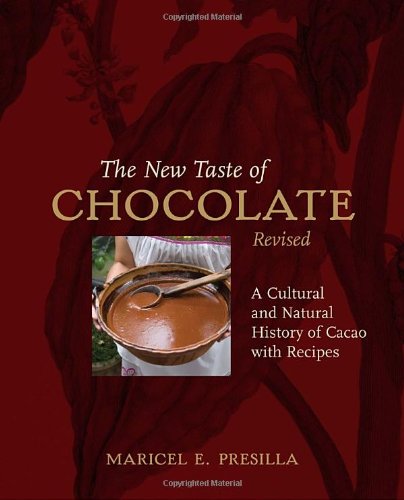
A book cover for The New Taste of Chocolate: A Cultural & Natural History of Cacao with Recipes; Maricel E. Presilla; Cookbooks, Food & Wine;